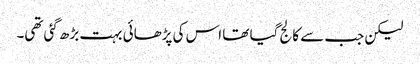
لیکن جب سے کالج گیا تھا اس کی پڑھائی بہت بڑھ گئی تھی۔